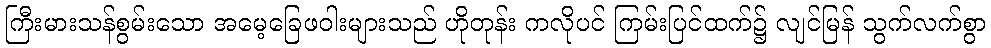
ကြီးမားသန်စွမ်းသော အမေ့ခြေဖဝါးများသည် ဟိုတုန်း ကလိုပင် ကြမ်းပြင်ထက်၌ လျင်မြန် သွက်လက်စွာ